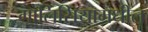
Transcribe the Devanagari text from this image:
गालिसियामधील